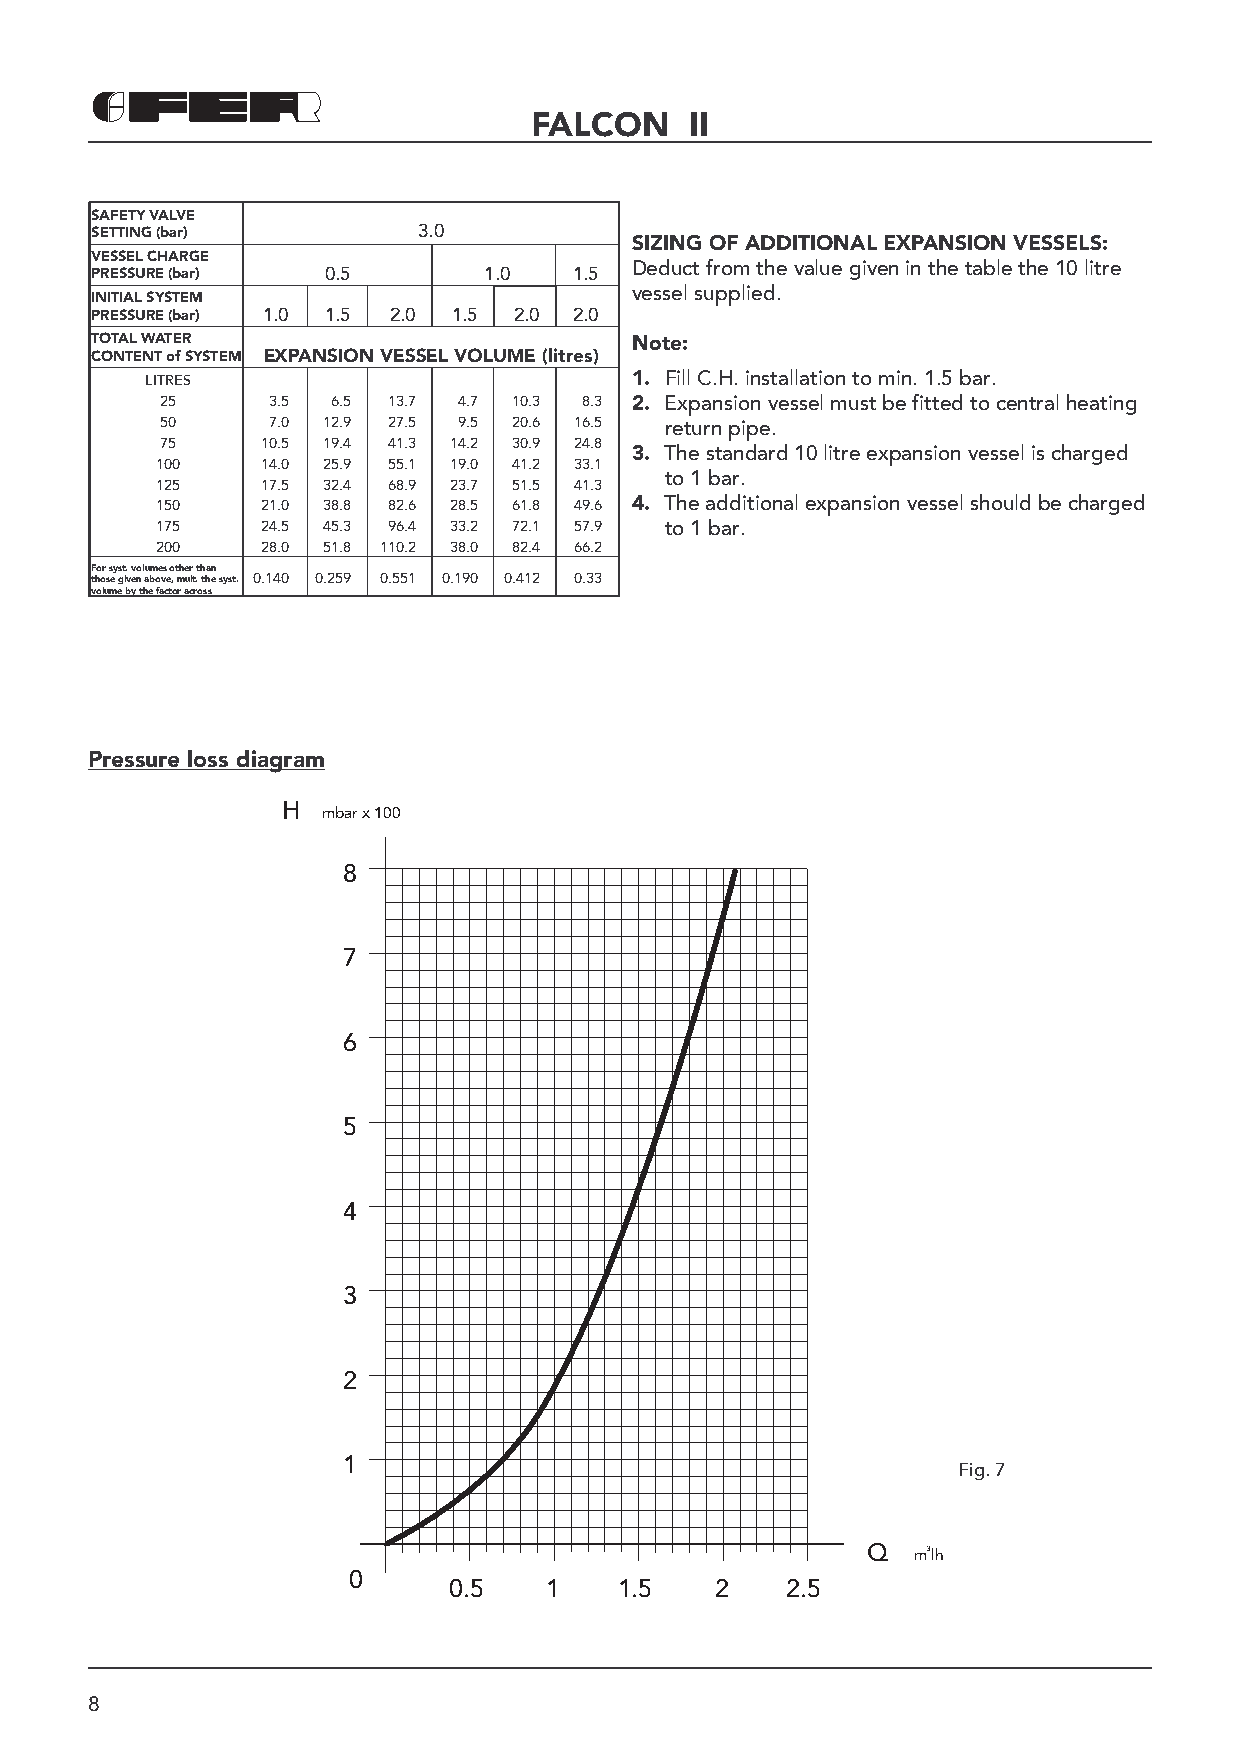
FALCON     II
 SAFETY VALVE
 SETTING (bar)         3.0
 SIZING OF ADDITIONAL EXPANSION VESSELS:
 VESSEL CHARGE
 Deduct from the value given in the table the 10 litre
 PRESSURE (bar) 0.5        1.0   1.5
 vessel supplied.
 INITIAL SYSTEM
 PRESSURE (bar) 1.0 1.5 2.0 1.5 2.0 2.0
 TOTAL WATER                         Note:
 CONTENT of SYSTEM EXPANSION VESSEL VOLUME (litres)
 LITRES                          1. Fill C.H. installation to min. 1.5 bar.
 25     3.5 6.5 13.7 4.7 10.3 8.3 2. Expansion vessel must be fitted to central heating
 50     7.0 12.9 27.5 9.5 20.6 16.5 return pipe.
 75    10.5 19.4 41.3 14.2 30.9 24.8
 3. The standard 10 litre expansion vessel is charged
 100    14.0 25.9 55.1 19.0 41.2 33.1
 to 1 bar.
 125    17.5 32.4 68.9 23.7 51.5 41.3
 150    21.0 38.8 82.6 28.5 61.8 49.6 4. The additional expansion vessel should be charged
 175    24.5 45.3 96.4 33.2 72.1 57.9 to 1 bar.
 200    28.0 51.8 110.2 38.0 82.4 66.2
 For syst. volumes other than
 t h o s e g i v e n a b o v e , m u lt . t h e s y s t . 0.140 0.259 0.551 0.190 0.412 0.33
 volume by the factor across
 Pressure loss diagram
 H
 mbar x 100
 8
 7
 6
 5
 4
 3
 2
 1
 Fig. 7
 Q  m3 |h
 0
 0.5   1    1.5   2    2.5
 8